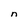
Character: n